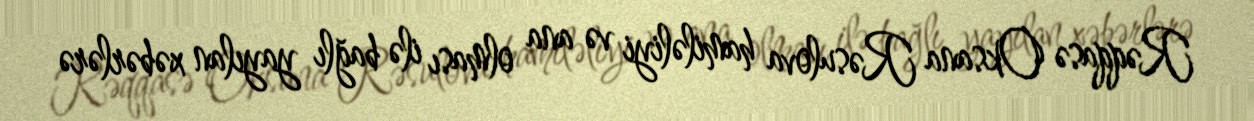
Rəqqasə Oksana Rəsulova hamiləliyi və ana olması ilə bağlı yayılan xəbərlərə